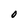
Character: 0